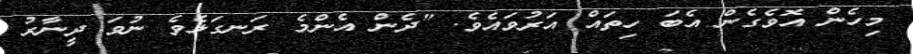
މިހެން އޮވެގެން އެބަ ހިތައް އަރުވައެވެ. "ދެން އެންމެ ރަނގަޅެވެ ނުވަ ދީނާރު